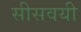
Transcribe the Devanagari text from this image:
सीसवयी